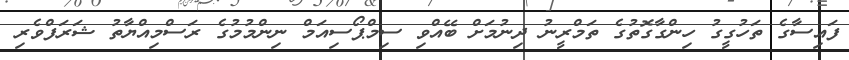
ފައިސާގެ ތަހުގީގު ހިންގާގޮތުގެ ތަމްރީނު ދިނުމަށް ބޭއްވި ސިމްޕޯސިއަމް ނިންމުމުގެ ރަސްމިއްޔާތު ޝަރަފްވެރި